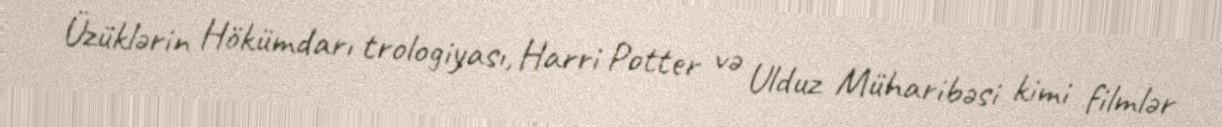
Üzüklərin Hökümdarı trologiyası, Harri Potter və Ulduz Müharibəsi kimi filmlər